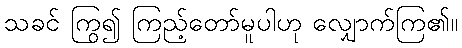
သခင် ကြွ၍ ကြည့်တော်မူပါဟု လျှောက်ကြ၏။